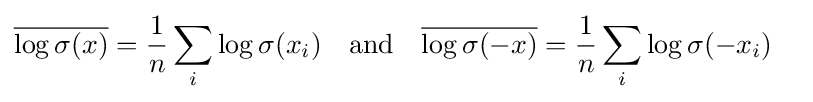
{\begin{aligned}{\overline {\log \sigma (x)}}&={\frac {1}{n}}\sum _{i}\log \sigma (x_{i})&&{\text{and}}&{\overline {\log \sigma (-x)}}&={\frac {1}{n}}\sum _{i}\log \sigma (-x_{i})\end{aligned}}